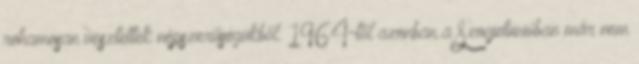
rohamosan vesztettek népszerűségükből. 1964-től azonban a Szovjetunióban már nem